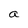
Character: a